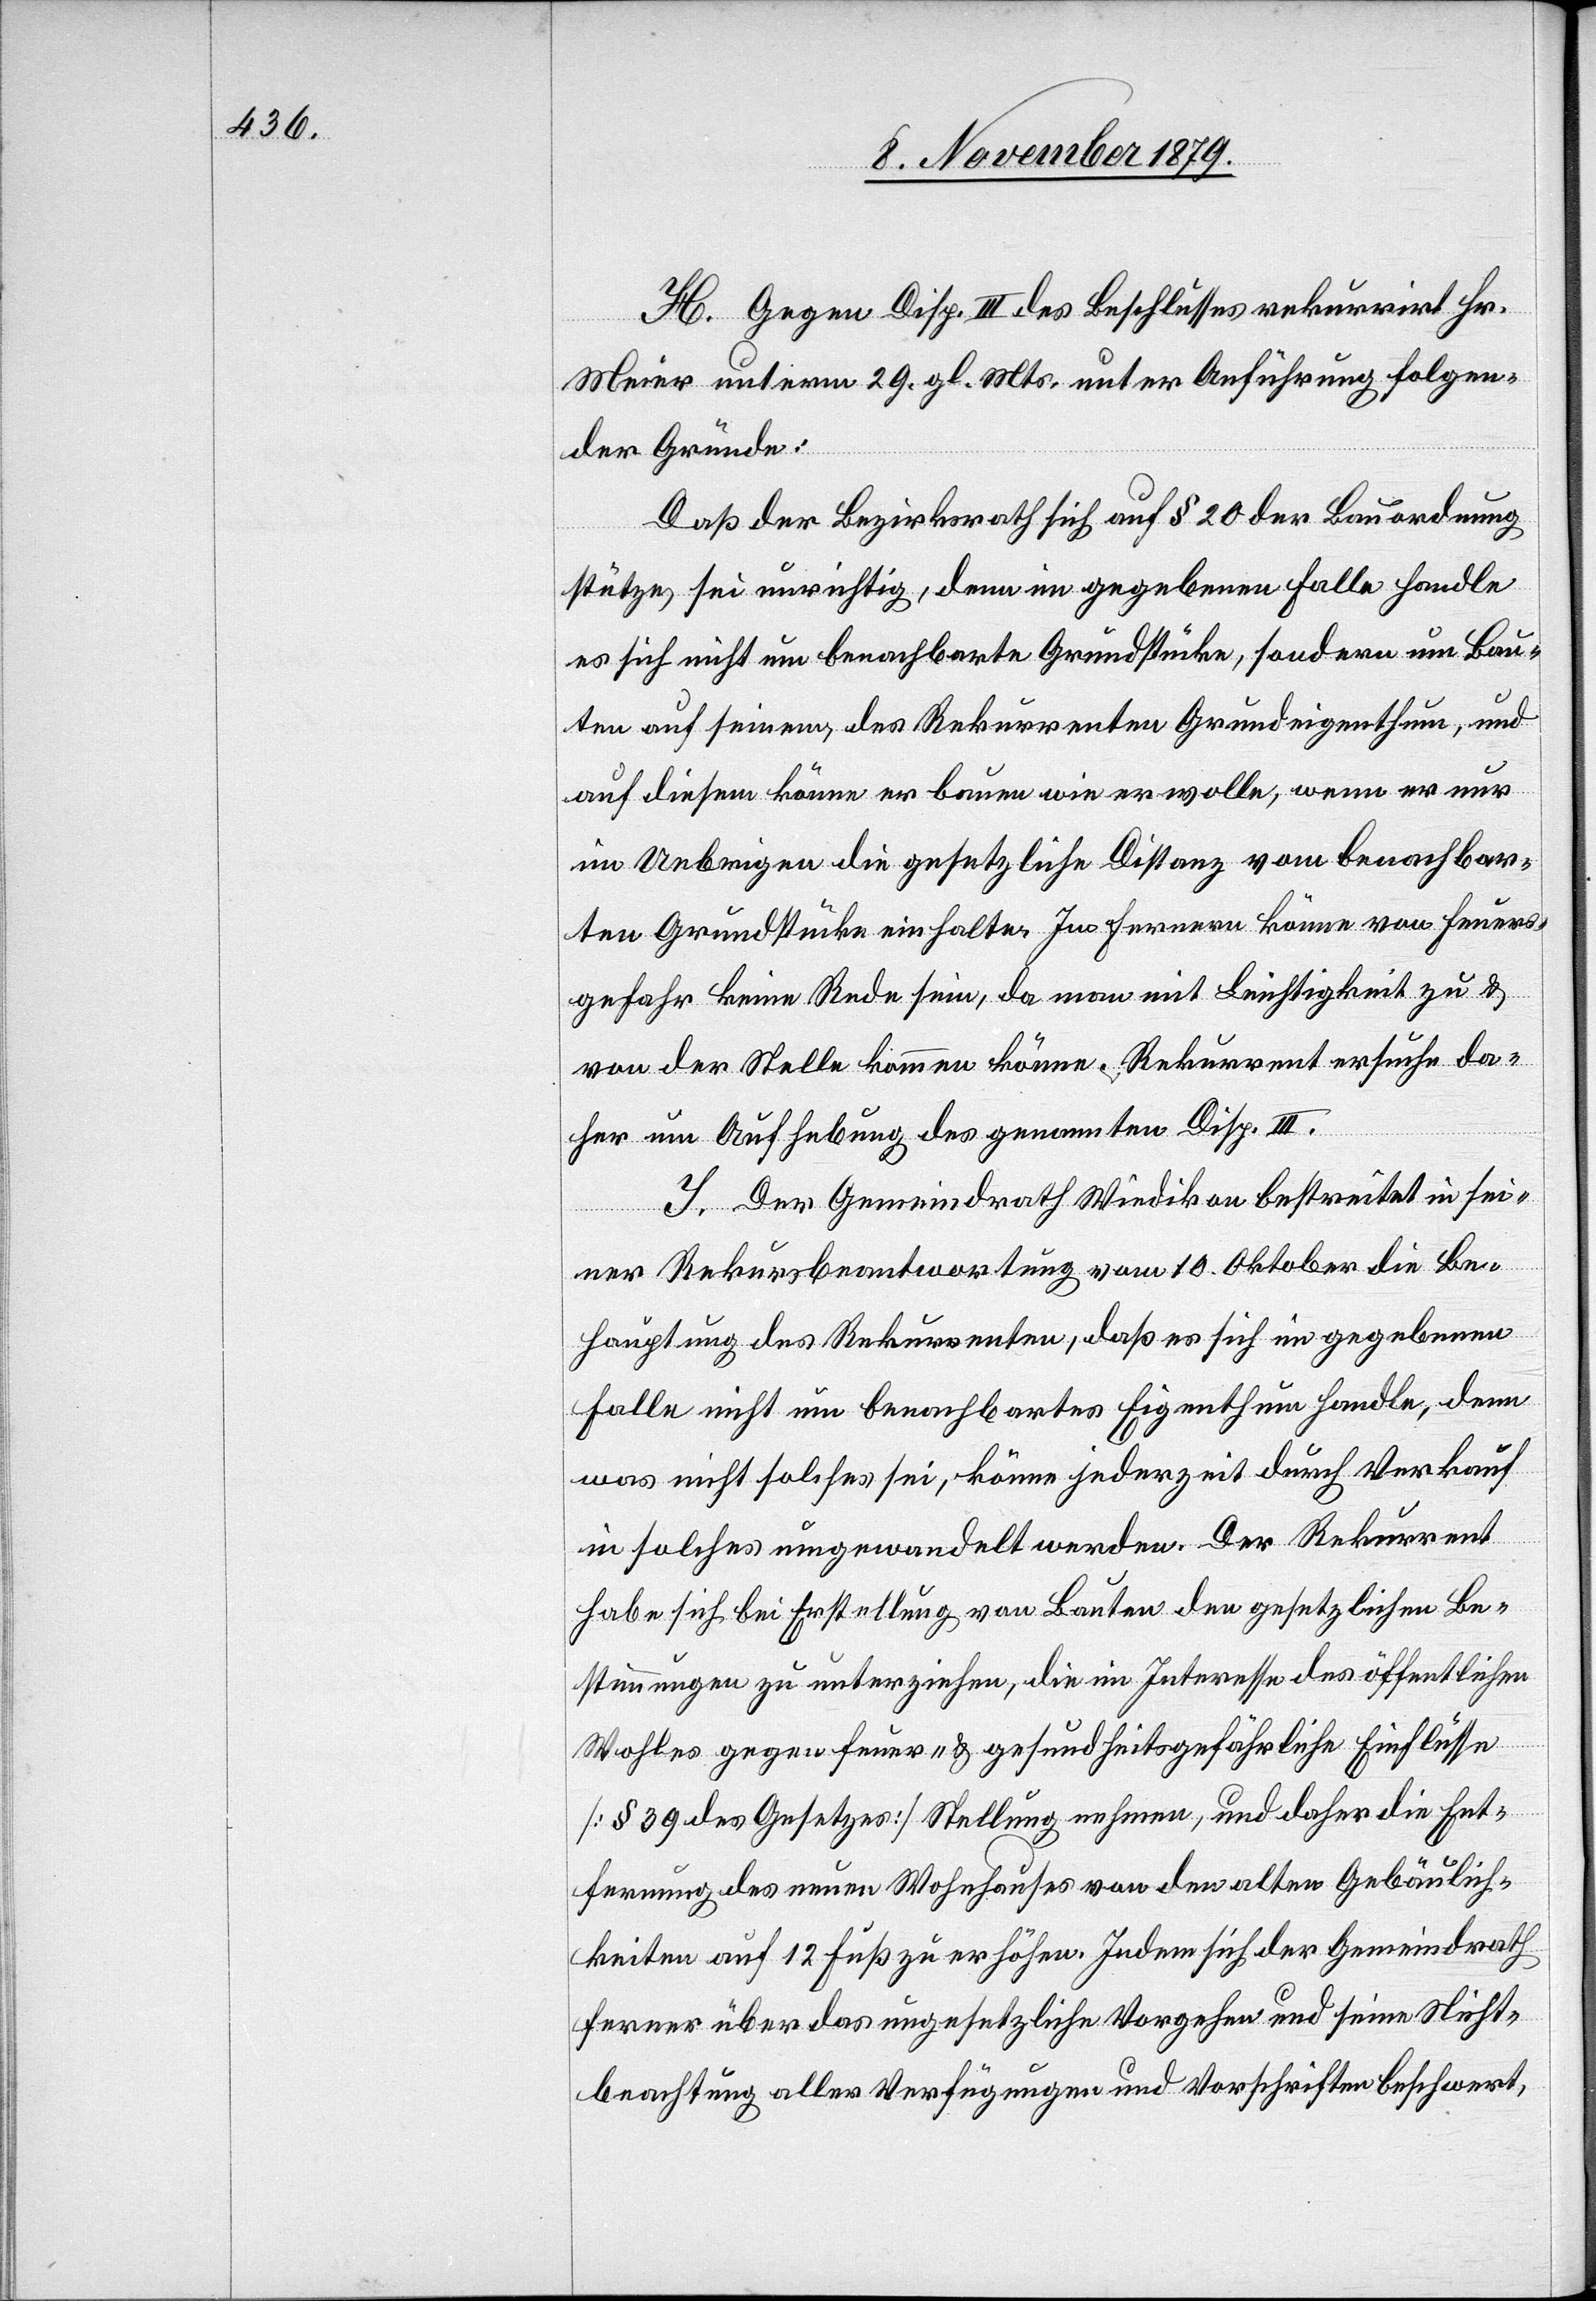
H. Gegen Disp. III. des Beschlusses rekurrirt Hr.
Meier unterm 29. gl. Mts. unter Ausführung folgen¬
der Gründe:
Daß der Bezirksrath sich auf § 20 der Bauordnung
stütze sei unrichtig, denn im gegebenen Falle handle
es sich nicht um benachbarte Grundstücke, sondern um Bau¬
ten auf seinem, des Rekurrenten Grundeigenthum, und
auf diesem könne er bauen wie er wolle, wenn er nur
im Uebrigen die gesetzliche Distanz vom benachbar¬
ten Grundstücke einhalte. Im Fernern könne von Feuers¬
gefahr keine Rede sein, da man mit Leichtigkeit zu &
von der Stelle kommen könne. Rekurrent ersuche da¬
her um Aufhebung des genannten Disp. III.
I. Der Gemeindrath Wiedikon bestreitet in sei¬
ner Rekursbeantwortung vom 10. Oktober die Be¬
hauptung des Rekurrenten, daß es sich im gegebenen
Falle nicht um benachbartes Eigenthum handle, denn
was nicht solches sei, könne jederzeit durch Verkauf
in solches umgewandelt werden. Der Rekurrent
habe sich bei Erstellung von Bauten den gesetzlichen Be¬
stimmungen zu unterziehen, die im Interesse des öffentlichen
Wohles gegen feuer- & gesundheitsgefährliche Einflüsse
[§ 39 des Gesetzes] Stellung nehmen, und daher die Ent¬
fernung des neuen Wohnhauses von den alten Gebäulich¬
keiten auf 12 Fuß zu erhöhen. Indem sich der Gemeindrath
ferner über das ungesetzliche Vorgehen und seine Nicht¬
beachtung aller Verfügungen und Vorschriften beschwert,